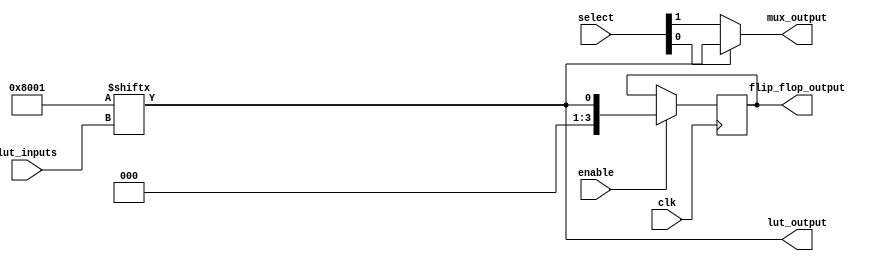
module CLB (
    input wire [3:0] lut_inputs,      // 4-bit input to the LUT
    input wire [3:0] select,           // Select signal for the multiplexer
    input wire clk,                    // Clock signal (for flip-flop functionality)
    input wire enable,                 // Enable signal for the CLB
    output wire lut_output,            // Output from the LUT
    output wire mux_output,            // Output from the multiplexer
    output reg [3:0] flip_flop_output   // Output from the flip-flop
);

// Configuration memory for the LUT (4-input)
reg [15:0] lut_memory; // 16 entries for 4-input LUT

// Initializing LUT memory for a sample function (e.g., AND function)
initial begin
    lut_memory = 16'b0000000000000000; // All outputs are 0 for simplicity
    lut_memory[0] = 1;   // Output for inputs 0000
    lut_memory[1] = 0;   // Output for inputs 0001
    lut_memory[2] = 0;   // Output for inputs 0010
    lut_memory[3] = 0;   // Output for inputs 0011
    lut_memory[4] = 0;   // Output for inputs 0100
    lut_memory[5] = 0;   // Output for inputs 0101
    lut_memory[6] = 0;   // Output for inputs 0110
    lut_memory[7] = 0;   // Output for inputs 0111
    lut_memory[8] = 0;   // Output for inputs 1000
    lut_memory[9] = 0;   // Output for inputs 1001
    lut_memory[10] = 0;  // Output for inputs 1010
    lut_memory[11] = 0;  // Output for inputs 1011
    lut_memory[12] = 0;  // Output for inputs 1100
    lut_memory[13] = 0;  // Output for inputs 1101
    lut_memory[14] = 0;  // Output for inputs 1110
    lut_memory[15] = 1;   // Output for inputs 1111
end

// LUT output logic
assign lut_output = lut_memory[lut_inputs];

// Multiplexer logic (select between LUT output and another input)
assign mux_output = (select[0]) ? lut_output : select[1]; // Simple example

// Flip-flop logic (registering LUT output on clock edge)
always @(posedge clk) begin
    if (enable) begin
        flip_flop_output <= lut_output; // Store LUT output in flip-flop
    end
end

endmodule